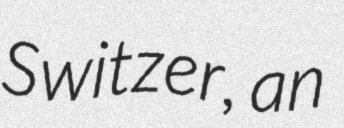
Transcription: Switzer, an